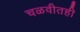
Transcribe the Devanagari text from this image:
चळवीतही